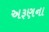
અરૂણના